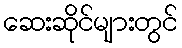
ဆေးဆိုင်များတွင်